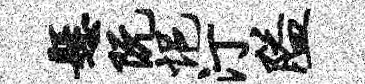
悬阮悒汀隘